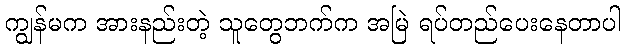
ကျွန်မက အားနည်းတဲ့ သူတွေဘက်က အမြဲ ရပ်တည်ပေးနေတာပါ